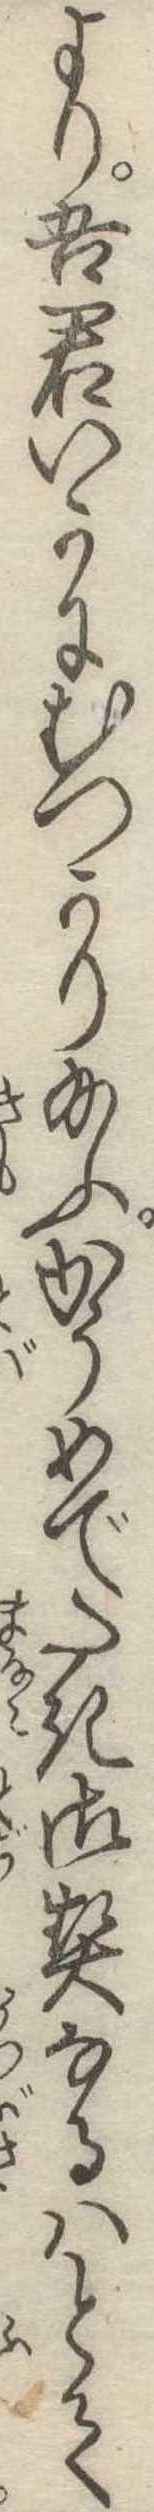
より吾君いかにむつかり給ふかうめでたき御契なるはとて